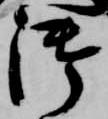
御